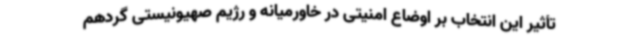
تأثیر این انتخاب بر اوضاع امنیتی در خاورمیانه و رژیم صهیونیستی گردهم